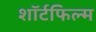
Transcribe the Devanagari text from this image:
शॉर्टफिल्म